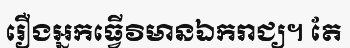
រឿងអ្នកធ្វើវិមានឯករាជ្យ។ តែ